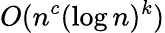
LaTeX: O(n^{c}(\log n)^{k})